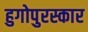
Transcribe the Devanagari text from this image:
हुगोपुरस्कार